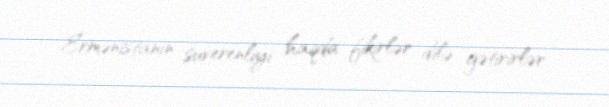
Ermənistanın suverenliyi haqda fikirlər dilə gətirirlər.